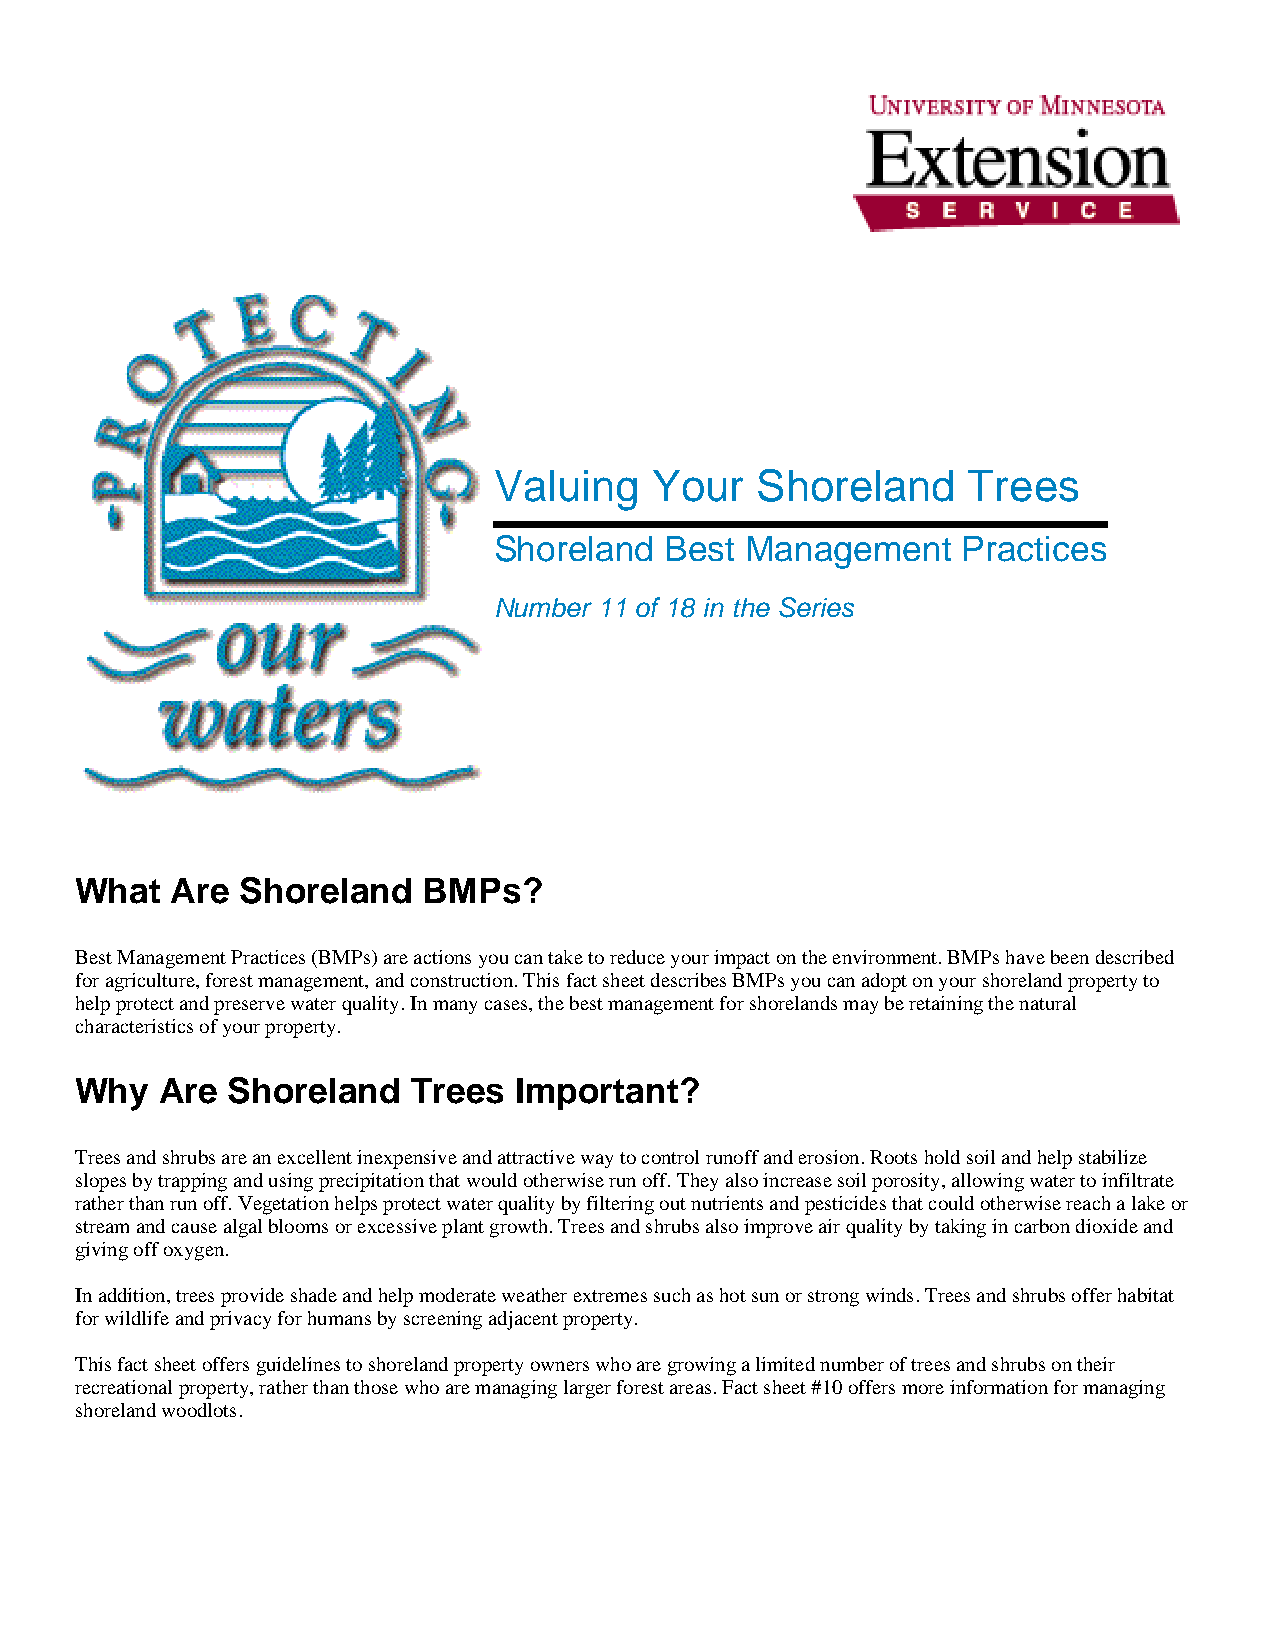
Valuing   Your   Shoreland     Trees
 Shoreland  Best Management     Practices
 Number 11 of 18 in the Series
 What  Are  Shoreland   BMPs?
 Best Management Practices (BMPs) are actions you can take to reduce your impact on the environment. BMPs have been described
 for agriculture, forest management, and construction. This fact sheet describes BMPs you can adopt on your shoreland property to
 help protect and preserve water quality. In many cases, the best management for shorelands may be retaining the natural
 characteristics of your property.
 Why   Are Shoreland   Trees  Important?
 Trees and shrubs are an excellent inexpensive and attractive way to control runoff and erosion. Roots hold soil and help stabilize
 slopes by trapping and using precipitation that would otherwise run off. They also increase soil porosity, allowing water to infiltrate
 rather than run off. Vegetation helps protect water quality by filtering out nutrients and pesticides that could otherwise reach a lake or
 stream and cause algal blooms or excessive plant growth. Trees and shrubs also improve air quality by taking in carbon dioxide and
 giving off oxygen.
 In addition, trees provide shade and help moderate weather extremes such as hot sun or strong winds. Trees and shrubs offer habitat
 for wildlife and privacy for humans by screening adjacent property.
 This fact sheet offers guidelines to shoreland property owners who are growing a limited number of trees and shrubs on their
 recreational property, rather than those who are managing larger forest areas. Fact sheet #10 offers more information for managing
 shoreland woodlots.